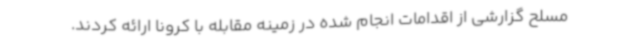
مسلح گزارشی از اقدامات انجام شده در زمینه مقابله با کرونا ارائه کردند.